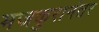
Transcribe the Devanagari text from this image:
मजकुरानंतर